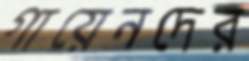
গায়েনদের